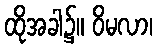
ထိုအခါ၌။ ဝိမလာ၊